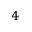
_ 4